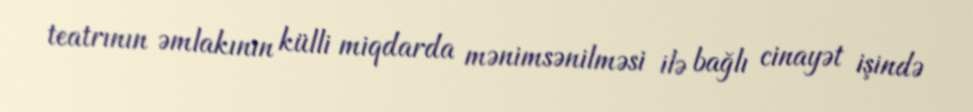
teatrının əmlakının külli miqdarda mənimsənilməsi ilə bağlı cinayət işində